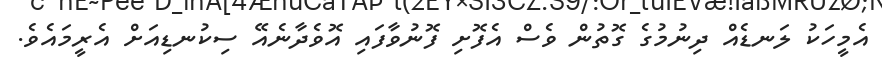
އެމީހަކު ލަނޑެއް ދިނުމުގެ ގޮތުން ވެސް އެފޮށި ފޮނުވާފައި އޮވެދާނެއޭ ސިކުނޑިއަށް އެރީމައެވެ.